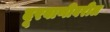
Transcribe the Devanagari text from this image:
दूरवाणीवरील